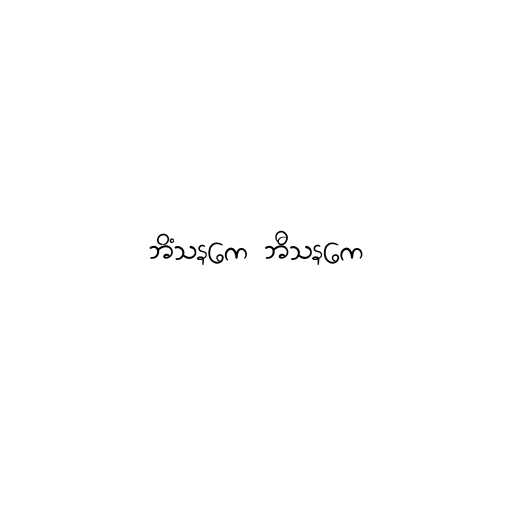
ဘိံသနကေ ဘီသနကေ